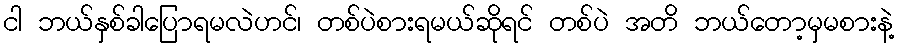
ငါ ဘယ်နှစ်ခါပြောရမလဲဟင်၊ တစ်ပဲစားရမယ်ဆိုရင် တစ်ပဲ အတိ ဘယ်တော့မှမစားနဲ့